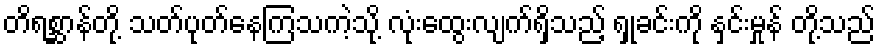
တိရစ္ဆာန်တို့ သတ်ပုတ်နေကြသကဲ့သို့ လုံးထွေးလျက်ရှိသည့် ရှုခင်းကို နှင်းမှုန် တို့သည်